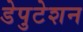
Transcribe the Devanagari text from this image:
डेपुटेशन